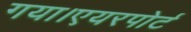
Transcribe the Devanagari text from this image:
गया।एयरपोर्ट